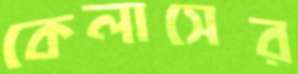
কেলাসের